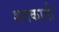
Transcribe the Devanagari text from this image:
शतकाती